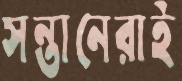
সন্তানেরাই